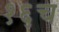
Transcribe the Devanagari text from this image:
१६च